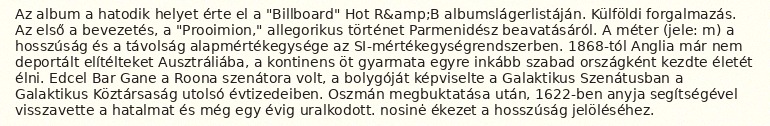
Az album a hatodik helyet érte el a "Billboard" Hot R&amp;B albumslágerlistáján. Külföldi forgalmazás. Az első a bevezetés, a "Prooimion," allegorikus történet Parmenidész beavatásáról. A méter (jele: m) a hosszúság és a távolság alapmértékegysége az SI-mértékegységrendszerben. 1868-tól Anglia már nem deportált elítélteket Ausztráliába, a kontinens öt gyarmata egyre inkább szabad országként kezdte életét élni. Edcel Bar Gane a Roona szenátora volt, a bolygóját képviselte a Galaktikus Szenátusban a Galaktikus Köztársaság utolsó évtizedeiben. Oszmán megbuktatása után, 1622-ben anyja segítségével visszavette a hatalmat és még egy évig uralkodott. nosinė ékezet a hosszúság jelöléséhez.